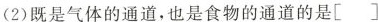
(2)既是气体的通道，也是食物的通道的是[]